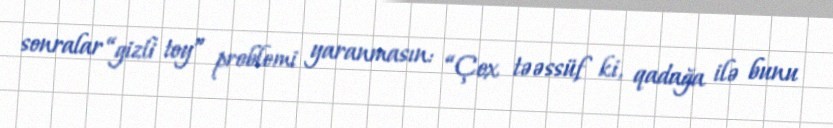
sonralar “gizli toy” problemi yaranmasın: “Çox təəssüf ki, qadağa ilə bunu